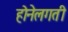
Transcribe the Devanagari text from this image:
होनेलगती